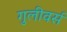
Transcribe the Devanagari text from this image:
गुलीवर्स